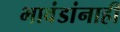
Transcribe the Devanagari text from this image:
भावंडांनाही